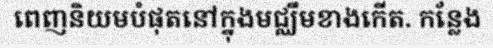
ពេញនិយមបំផុតនៅក្នុងមជ្ឈឹមខាងកើត. កន្លែង